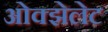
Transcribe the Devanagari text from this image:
ओक्झेलेट